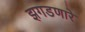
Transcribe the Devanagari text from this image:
झगडणारे